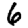
Digit: 6